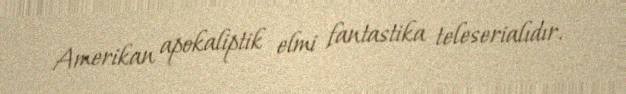
Amerikan apokaliptik elmi fantastika teleserialıdır.